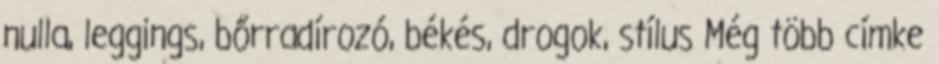
nulla, leggings, bőrradírozó, békés, drogok, stílus Még több címke